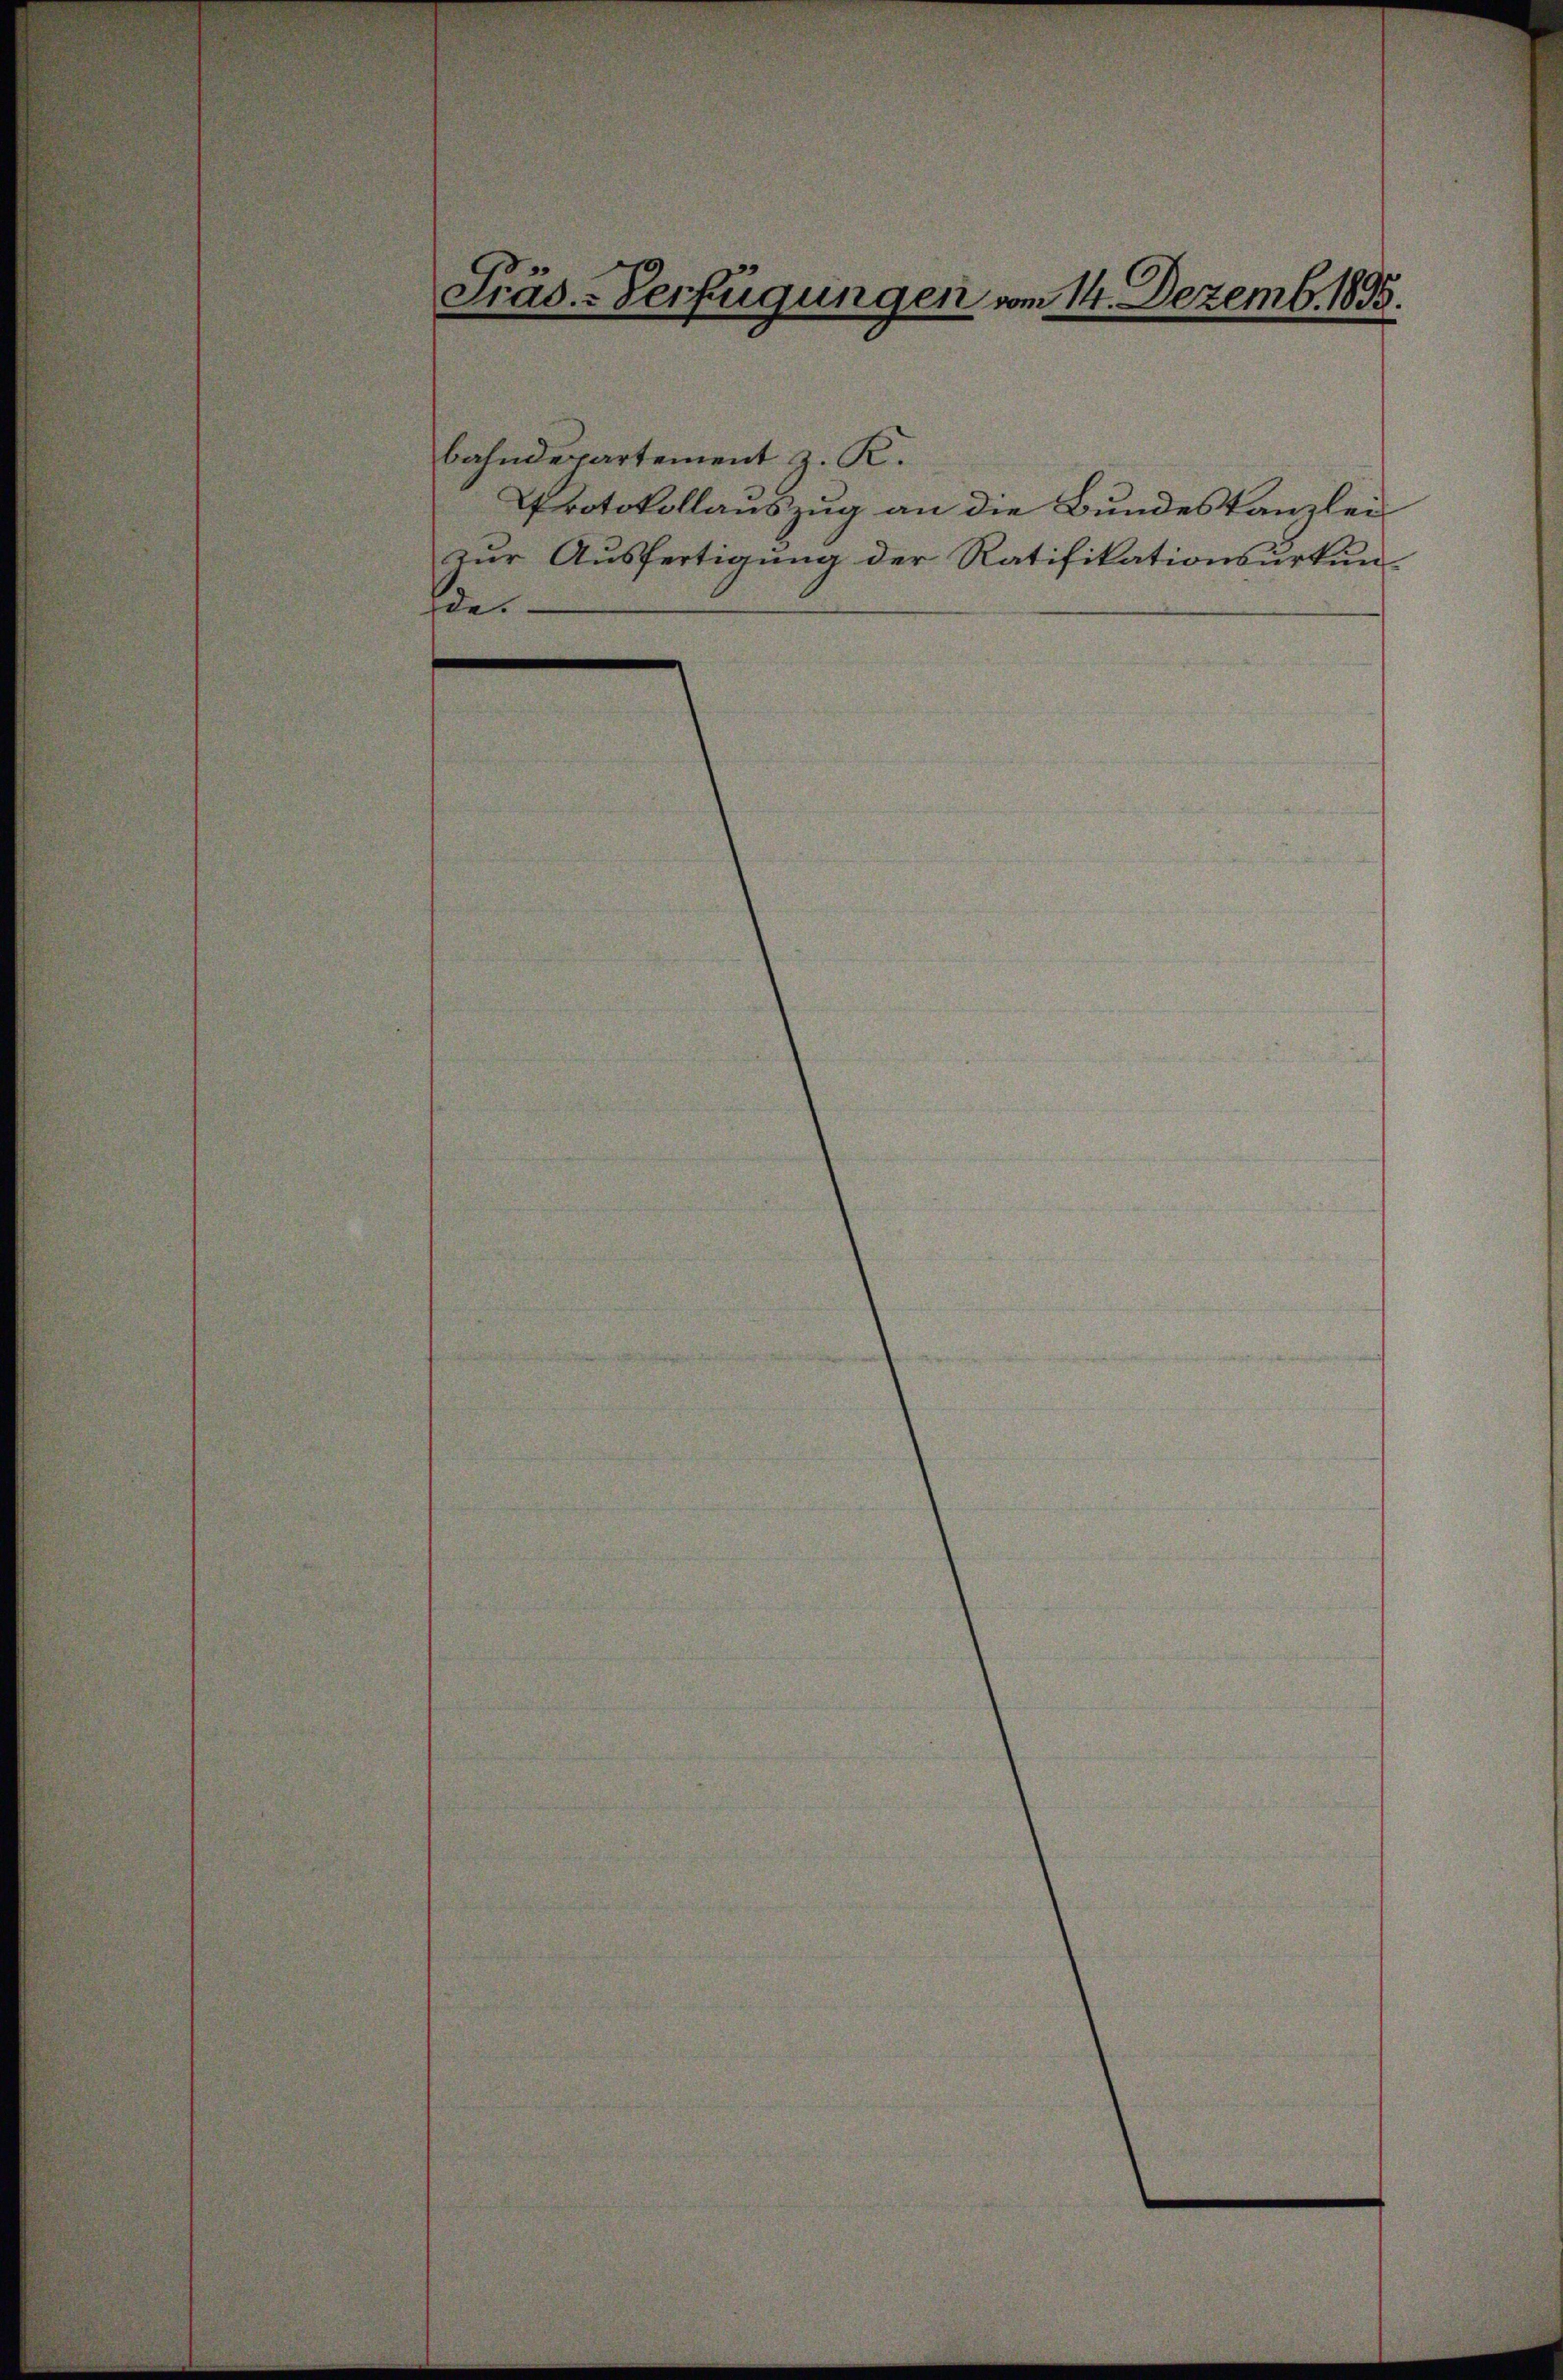
bahndepartement z. K.
de.

Präs.-Verfügungen vom 14. Dezemb. 1895.

Protokollauszug an die Bundeskanzlei
zur Ausfertigung der Ratifikationsurkun-